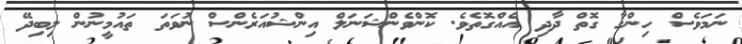
ނަމަވެސް ހިންގާ ގޮތް ދާދި އެއްގޮތެވެ. ކޮންވެންޝަނަލް އިންޝުއަރެންސް ނުވަތަ ތައުމީނުން ލިބިދޭ